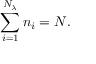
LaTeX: \sum _ { i = 1 } ^ { N _ { \lambda } } { n _ { i } } = N .